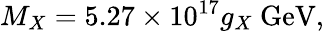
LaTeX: M_{X}=5.27\times 10^{17}g_{X}\mathrm{~GeV},